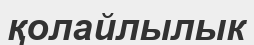
қолайлылык